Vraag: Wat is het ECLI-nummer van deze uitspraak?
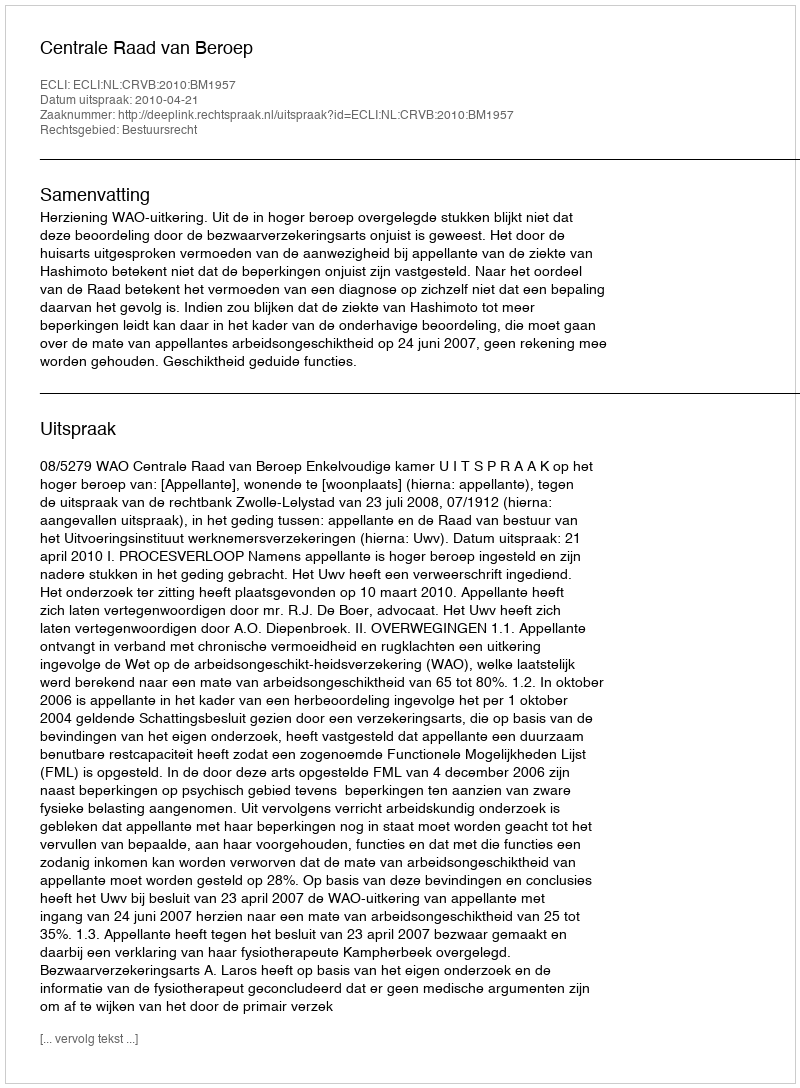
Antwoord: ECLI:NL:CRVB:2010:BM1957